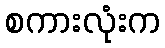
စကားလုံးက